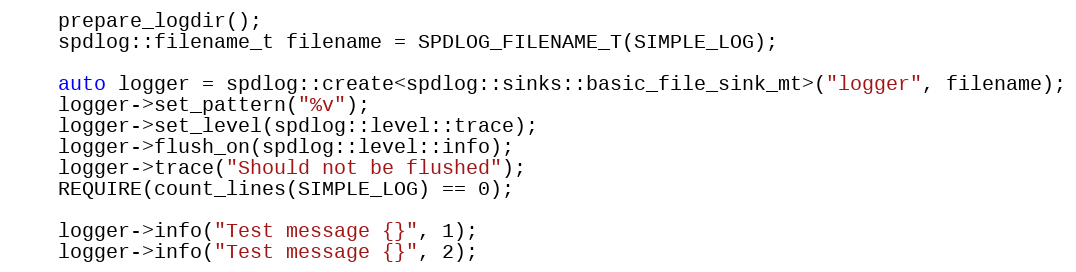
Language: C++
    prepare_logdir();
    spdlog::filename_t filename = SPDLOG_FILENAME_T(SIMPLE_LOG);

    auto logger = spdlog::create<spdlog::sinks::basic_file_sink_mt>("logger", filename);
    logger->set_pattern("%v");
    logger->set_level(spdlog::level::trace);
    logger->flush_on(spdlog::level::info);
    logger->trace("Should not be flushed");
    REQUIRE(count_lines(SIMPLE_LOG) == 0);

    logger->info("Test message {}", 1);
    logger->info("Test message {}", 2);